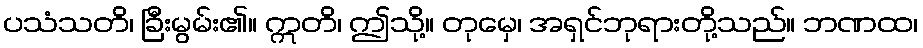
ပသံသတိ၊ ခြီးမွမ်း၏။ ဣတိ၊ ဤသို့။ တုမှေ၊ အရှင်ဘုရားတို့သည်။ ဘဏထ၊